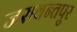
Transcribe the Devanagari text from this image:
जसवन्तपुर